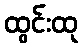
ထွင်းထု